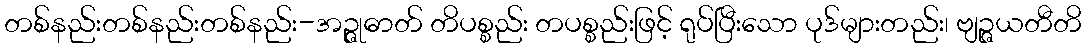
တစ်နည်းတစ်နည်းတစ်နည်း-အဉ္ဇုဓာတ် တိပစ္စည်း တပစ္စည်းဖြင့် ရုပ်ပြီးသော ပုဒ်များတည်း၊ ဗျဉ္ဇယတီတိ